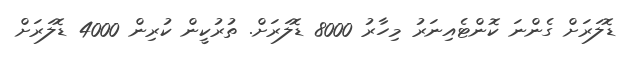
ޑޮލަރަށް ގެންނަ ކޮންޓެއިނަރު މިހާރު 8000 ޑޮލަރަށް. ތުރުކީން ކުރިން 4000 ޑޮލަރަށް